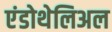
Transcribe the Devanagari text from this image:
एंडोथेलिअल